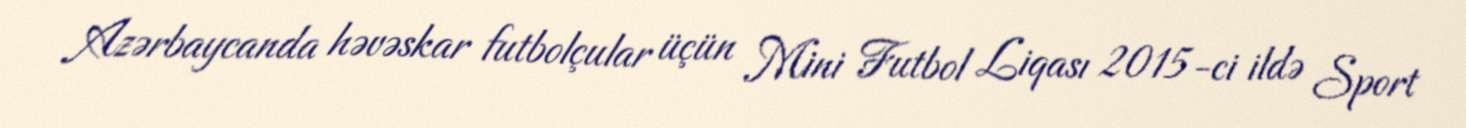
Azərbaycanda həvəskar futbolçular üçün Mini Futbol Liqası 2015-ci ildə Sport